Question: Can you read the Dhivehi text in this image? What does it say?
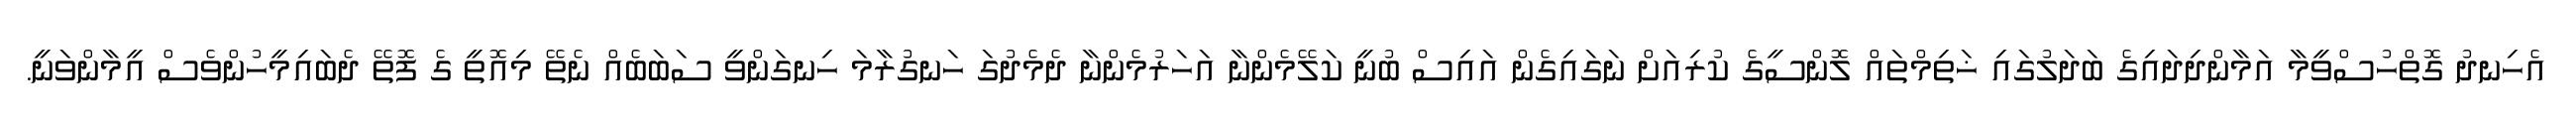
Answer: އެހިނދު ގޮތްހުސްވީމާ އަމާންދިދައިގެ ބަދަލުގައި ޚަތިމްތައް ލޮންސީގެ ކުރިއަށް ނަގައިގެން އައިސް ބުނީ ކަލޭމެންނާ އަހަރުމެންނާ ދެމެދުގަ ހަނގުރާމަ ހިނގަންވީ ސަބަބެއް ނެތޭ މިއޮތީ ގެ ފޮތޭ ދެބައިމީހުންވެސް އީމާންވަނީ.